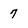
Character: 7